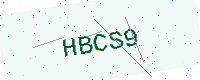
Text: HBCS9